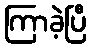
ကြာခဲ့ပြီ